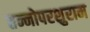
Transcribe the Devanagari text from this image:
तन्नोपरशुराम